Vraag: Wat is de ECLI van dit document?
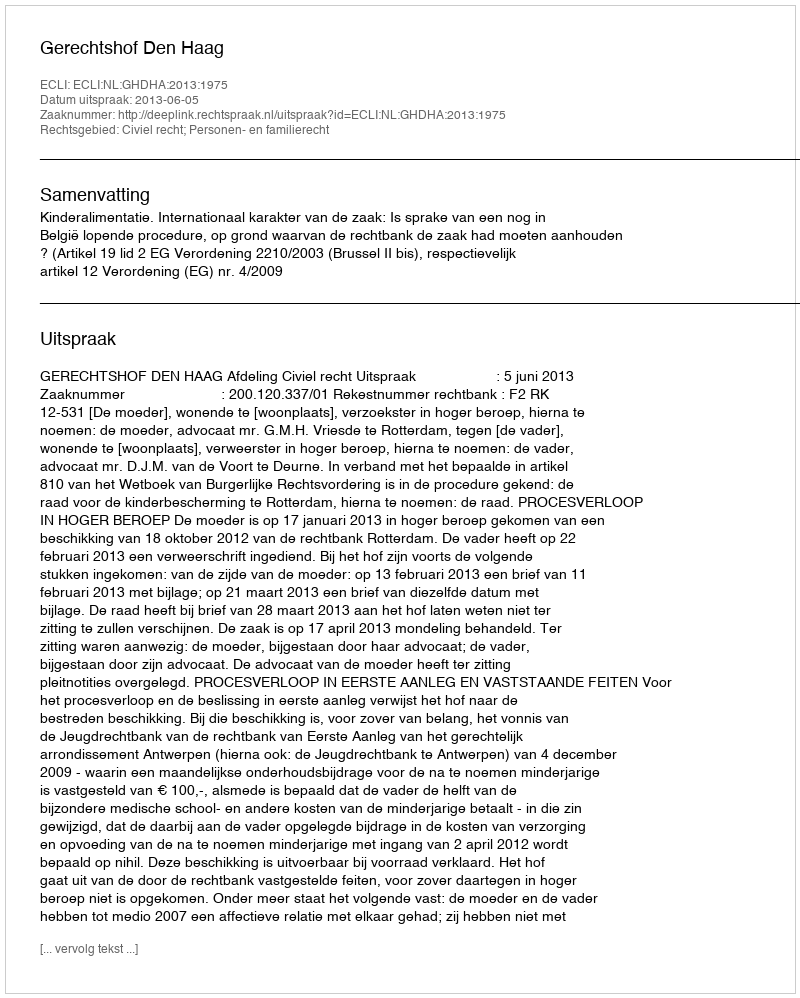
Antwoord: ECLI:NL:GHDHA:2013:1975